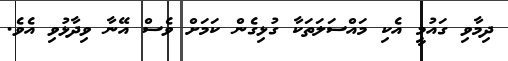
ދިމާވި ގައުމީ އެކި މައްސަލަތަކާ ގުޅިގެން ކަމަށް ވެސް އޭނާ ވިދާޅުވި އެވެ.